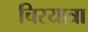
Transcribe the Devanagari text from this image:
चिरयात्रा